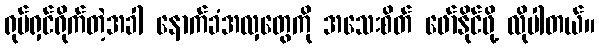
ရုပ်ရှင်ရိုက်တဲ့အခါ နောက်ခံအလှတွေကို အသေးစိတ် ဖော်နိုင်ဖို့ လိုပါတယ်။